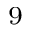
^ { 9 }